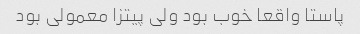
پاستا واقعا خوب بود ولی پیتزا معمولی بود